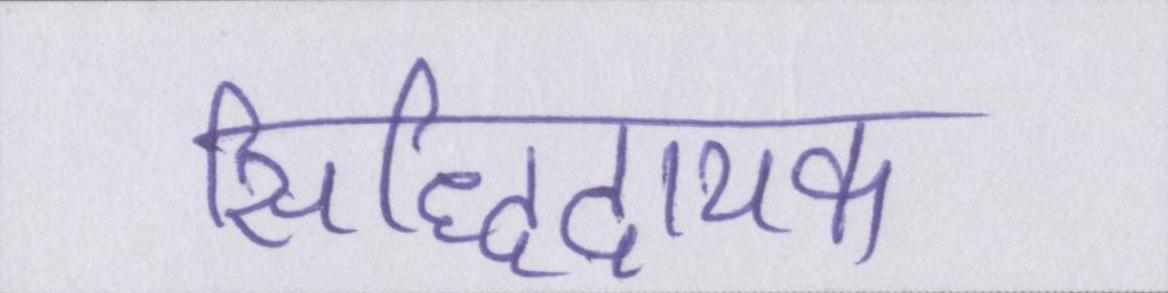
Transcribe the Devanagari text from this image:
सिद्धिदायक